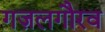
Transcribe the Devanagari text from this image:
गज़लगौरव